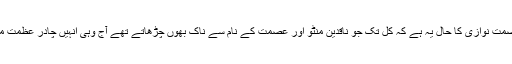
آج منٹو شناسی اور عصمت نوازی کا حال یہ ہے کہ کل تک جو ناقدین منٹو اور عصمت کے نام سے ناک بھوں چڑھاتے تھے آج وہی انہیں چادر عظمت مرحمت فرما رہے ہیں۔